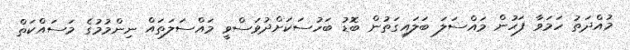
މުއްދަތު ހަމަވާ ފަހުން މައްސަލަ ބަލައިގަތުން ބޮޑު ބަހުސަކަށްދުވަސްވީ މައްސަލަތައް ނިންމުމުގެ މަސައްކަތް